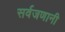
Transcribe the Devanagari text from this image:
सर्वजणानी